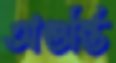
অগুন্তি